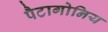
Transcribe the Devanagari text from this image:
पैटागोनिय